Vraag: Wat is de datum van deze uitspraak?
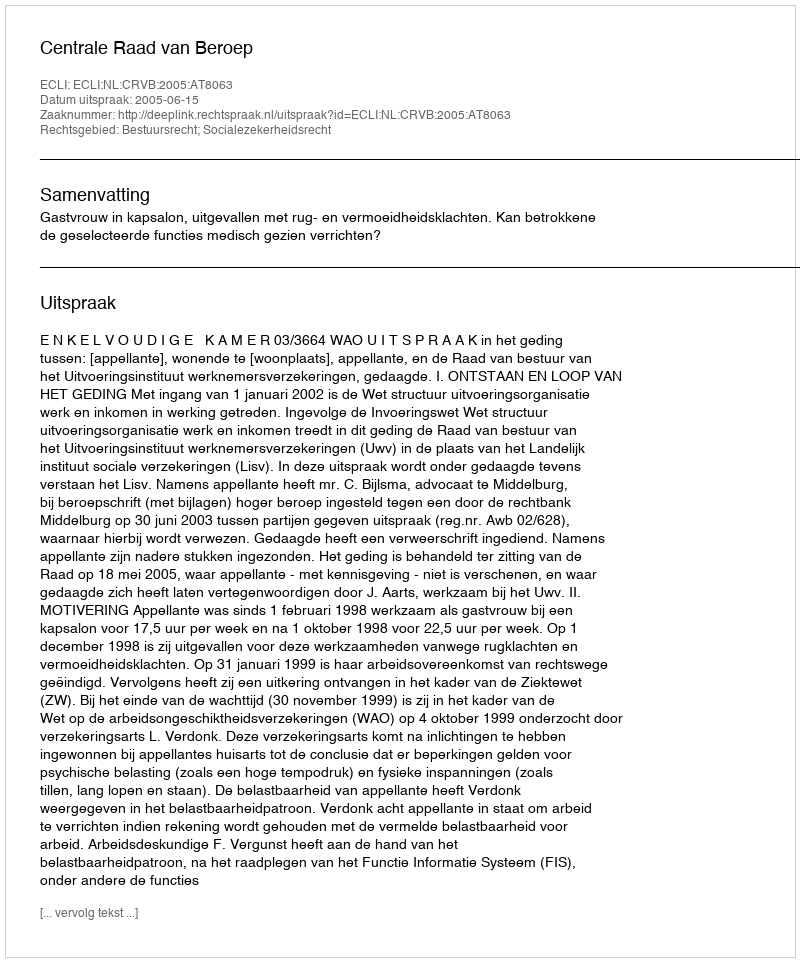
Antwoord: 2005-06-15